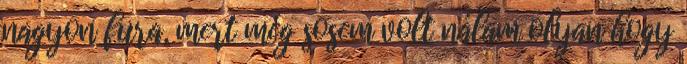
nagyon fura, mert még sosem volt nálam olyan hogy